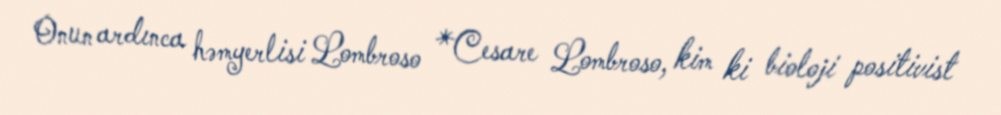
Onun ardınca həmyerlisi Lombroso *Cesare Lombroso, kim ki bioloji positivist